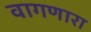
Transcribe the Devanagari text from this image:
वागणारा